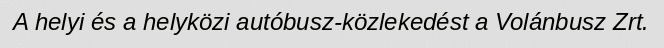
A helyi és a helyközi autóbusz-közlekedést a Volánbusz Zrt.